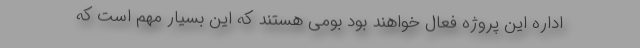
اداره این پروژه فعال خواهند بود بومی هستند که این بسیار مهم است که